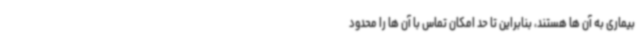
بیماری به آن ها هستند، بنابراین تا حد امکان تماس با آن ها را محدود